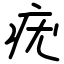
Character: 疣